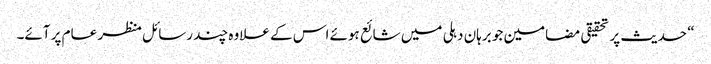
“ حدیث پر تحقیقی مضامین جو برہان دہلی میں شائع ہوئے اس کے علاوہ چند رسائل منظر عام پر آئے۔